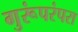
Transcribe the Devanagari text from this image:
गुरूंपरंपरा